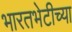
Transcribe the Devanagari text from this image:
भारतभेटीच्या